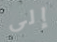
إلى